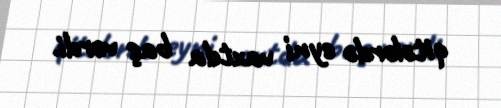
qitələrdə eyni vaxtda baş verdi.